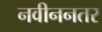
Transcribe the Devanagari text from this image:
नवीननतर